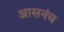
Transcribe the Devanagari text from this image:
आसनंच